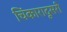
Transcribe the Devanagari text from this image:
चिंकारादूसरी